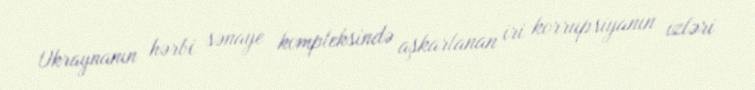
Ukraynanın hərbi sənaye kompleksində aşkarlanan iri korrupsiyanın izləri